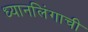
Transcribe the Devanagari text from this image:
ध्यानलिंगाची